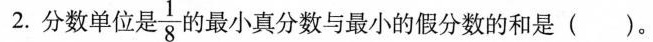
2.分数单位是\frac{1}{8}的最小真分数与最小的假分数的和是( )。